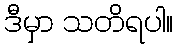
ဒီမှာ သတိရပါ။